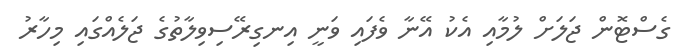
ގެސްޓޮން ޖަލަށް ލުމާއި އެކު އޭނާ ވެފައި ވަނީ އިނގިރޭސިވިލާތުގެ ޖަލެއްގައި މިހާރު